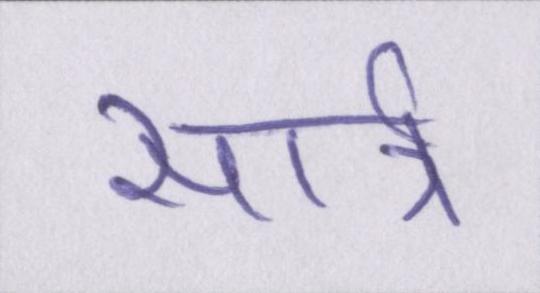
सार्त्र